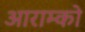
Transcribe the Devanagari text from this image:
आराम्को